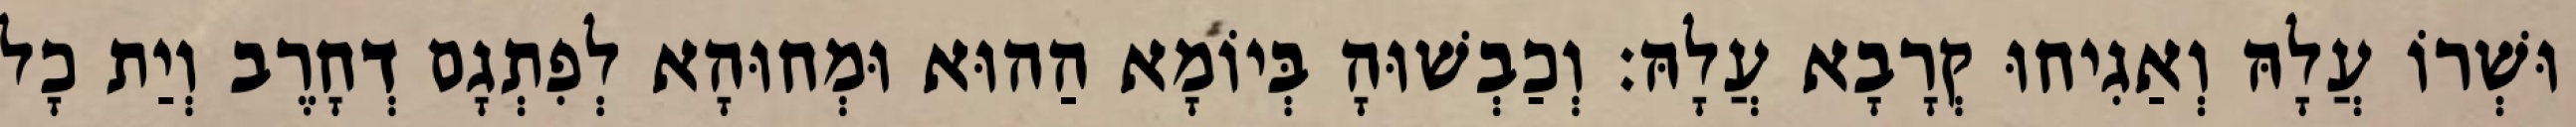
וּשְׁרוֹ עֲלָהּ וְאַגִיחוּ קְרָבָא עֲלָהּ׃ וְכַבְשׁוּהָ בְּיוֹמָא הַהוּא וּמְחוּהָא לְפִתְגָם דְחָרֶב וְיַת כָל